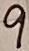
Text: 9